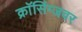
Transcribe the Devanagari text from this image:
क्राॅसिंग्जवर